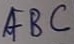
Text: ABC